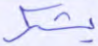
يشكر